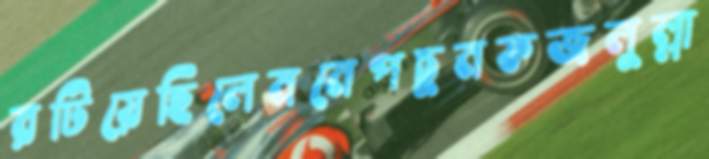
রটিয়েছিলেমনেপচুনফজলুল্লা